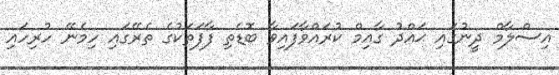
އިސްލާމް ދީނުގައި ޙައްދު ގާއިމް ކުރައްވާފައިވާ ބޮޑެތި ފާފަތަކުގެ ތެރޭގައި ހިމެނޭ ހުރިހައި